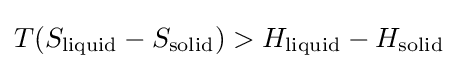
T(S_{\text{liquid}}-S_{\text{solid}})>H_{\text{liquid}}-H_{\text{solid}}